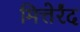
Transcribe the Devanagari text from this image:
मित्तेर्रंद